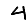
Digit: 4